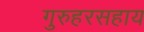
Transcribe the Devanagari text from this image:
गुरुहरसहाय